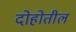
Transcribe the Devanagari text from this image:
दोहोतील